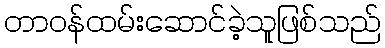
တာဝန်ထမ်းဆောင်ခဲ့သူဖြစ်သည်